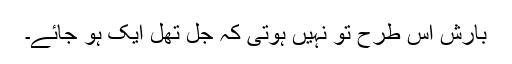
بارش اس طرح تو نہیں ہوتی کہ جل تھل ایک ہو جائے۔